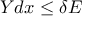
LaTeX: Y d x \leq \delta E